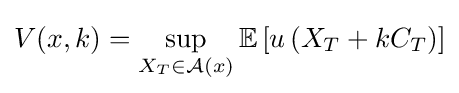
V(x,k)=\sup _{X_{T}\in {\mathcal {A}}(x)}\mathbb {E} \left[u\left(X_{T}+kC_{T}\right)\right]